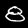
Label: 8